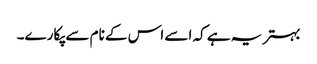
بہتر یہ ہے کہ اسے اس کے نام سے پکارے۔